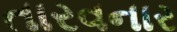
તારવનાર